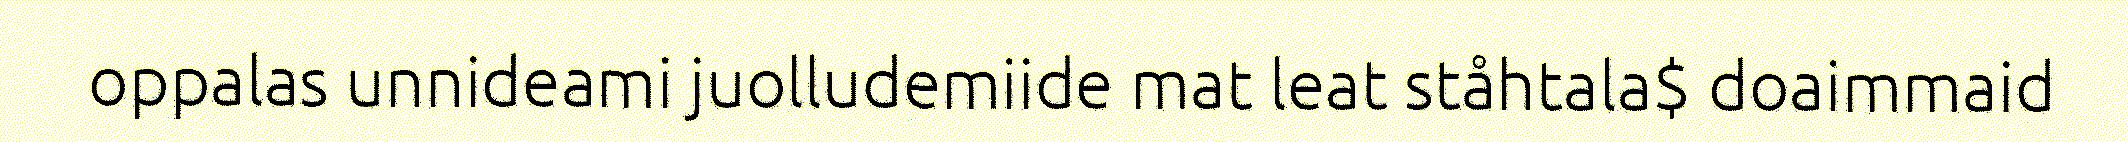
oppalas unnideami juolludemiide mat leat ståhtala$ doaimmaid